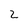
Character: 2